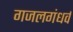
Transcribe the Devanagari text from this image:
गजलगंधर्व